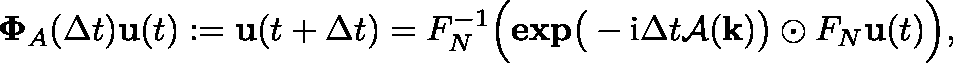
\mathbf { \Phi } _ { A } ( \Delta t ) \mathbf { u } ( t ) : = \mathbf { u } ( t + \Delta t ) = \mathfrak { F } _ { N } ^ { - 1 } \Big ( \mathbf { e x p } \big ( - \mathrm { i } \Delta t \mathcal { A } ( \mathbf { k } ) \big ) \odot \mathfrak { F } _ { N } \mathbf { u } ( t ) \Big ) ,